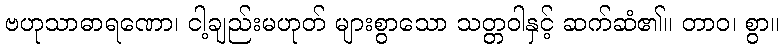
ဗဟုသာဓာရဏော၊ ငါ့ချည်းမဟုတ် များစွာသော သတ္တဝါနှင့် ဆက်ဆံ၏။ တာဝ၊ စွာ။